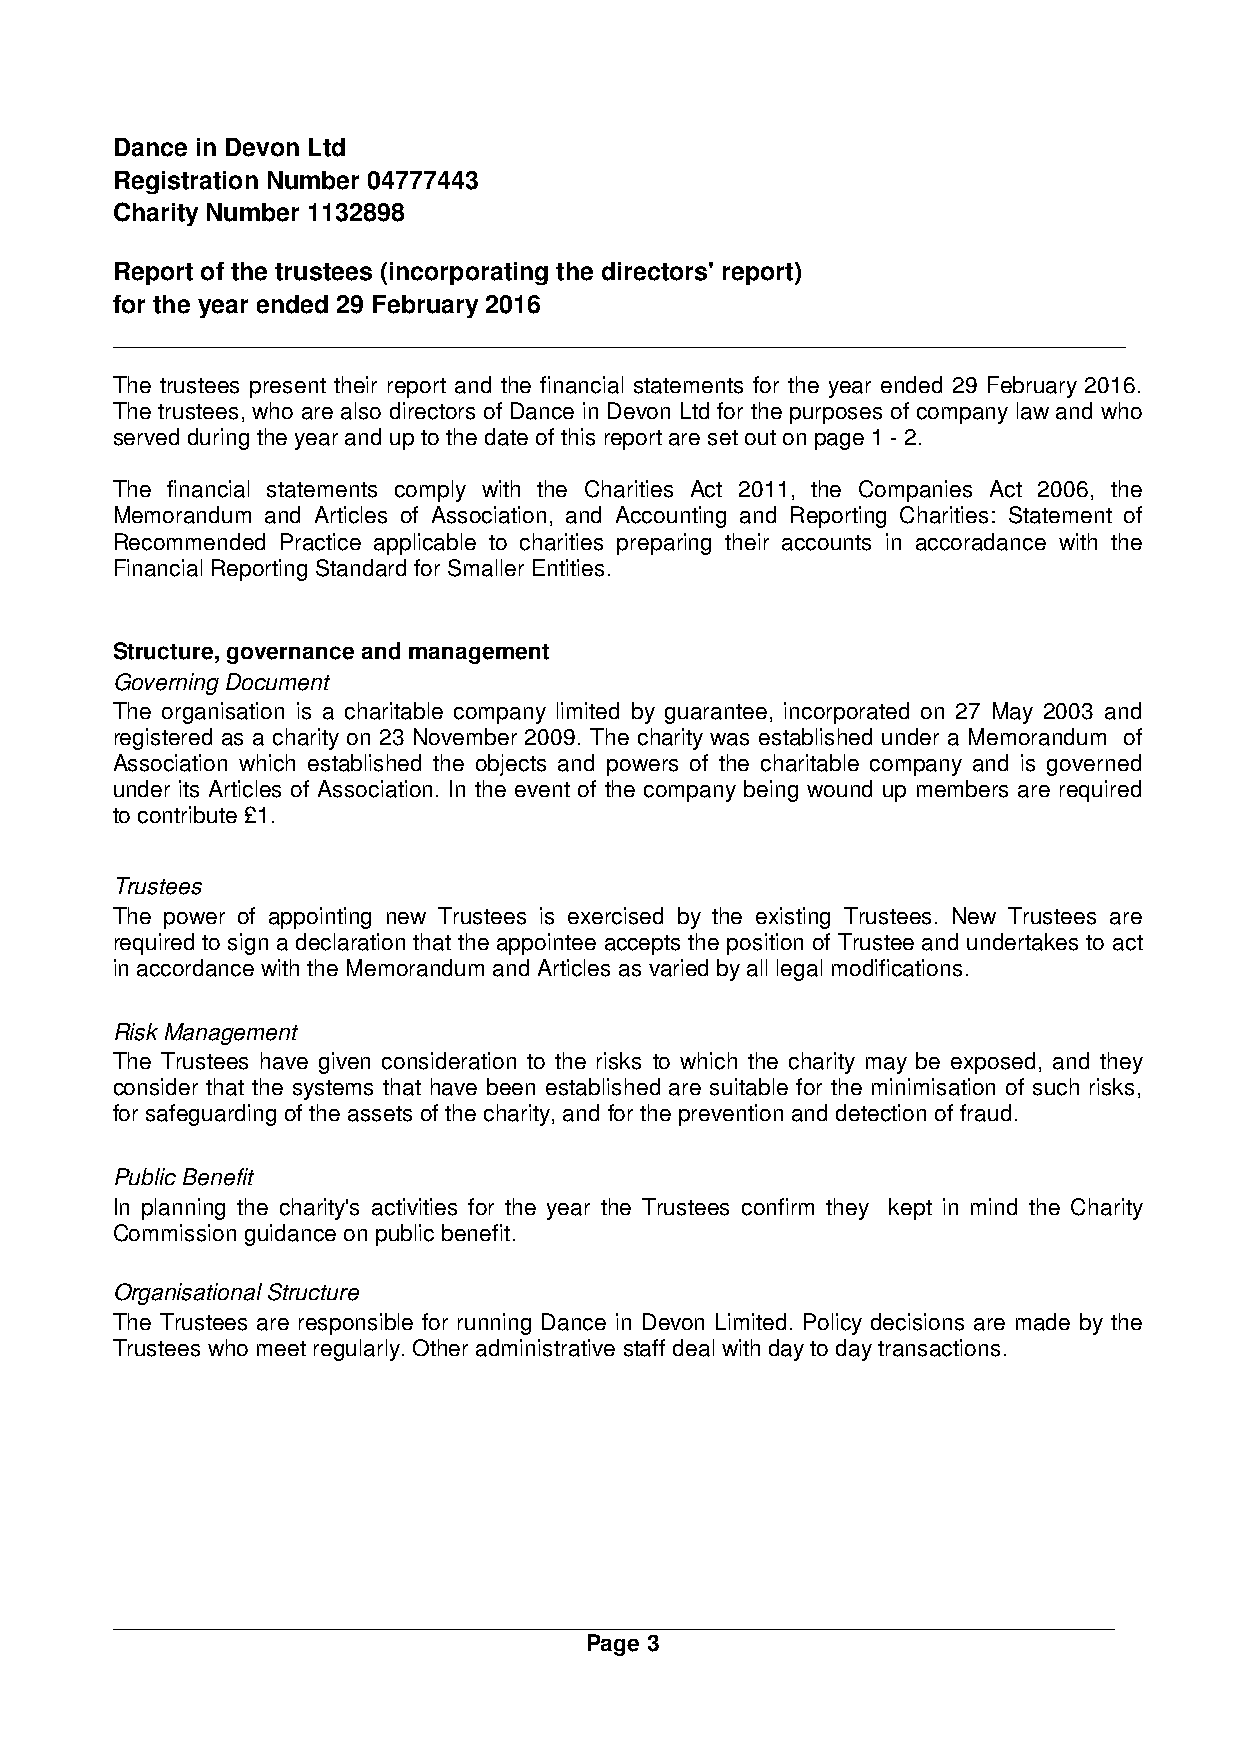
Dance in Devon Ltd
 Registration Number 04777443
 Charity Number 1132898
 Report of the trustees (incorporating the directors' report)
 for the year ended 29 February 2016
 The trustees present their report and the financial statements for the year ended 29 February 2016.
 The trustees, who are also directors of Dance in Devon Ltd for the purposes of company law and who
 served during the year and up to the date of this report are set out on page 1 - 2.
 The financial statements comply with the Charities Act 2011, the Companies Act 2006, the
 Memorandum and Articles of Association, and Accounting and Reporting Charities: Statement of
 Recommended Practice applicable to charities preparing their accounts in accoradance with the
 Financial Reporting Standard for Smaller Entities.
 Structure, governance and management
 Governing Document
 The organisation is a charitable company limited by guarantee, incorporated on 27 May 2003 and
 registered as a charity on 23 November 2009. The charity was established under a Memorandum of
 Association which established the objects and powers of the charitable company and is governed
 under its Articles of Association. In the event of the company being wound up members are required
 to contribute £1.
 Trustees
 The power of appointing new Trustees is exercised by the existing Trustees. New Trustees are
 required to sign a declaration that the appointee accepts the position of Trustee and undertakes to act
 in accordance with the Memorandum and Articles as varied by all legal modifications.
 Risk Management
 The Trustees have given consideration to the risks to which the charity may be exposed, and they
 consider that the systems that have been established are suitable for the minimisation of such risks,
 for safeguarding of the assets of the charity, and for the prevention and detection of fraud.
 Public Benefit
 In planning the charity's activities for the year the Trustees confirm they kept in mind the Charity
 Commission guidance on public benefit.
 Organisational Structure
 The Trustees are responsible for running Dance in Devon Limited. Policy decisions are made by the
 Trustees who meet regularly. Other administrative staff deal with day to day transactions.
 Page 3